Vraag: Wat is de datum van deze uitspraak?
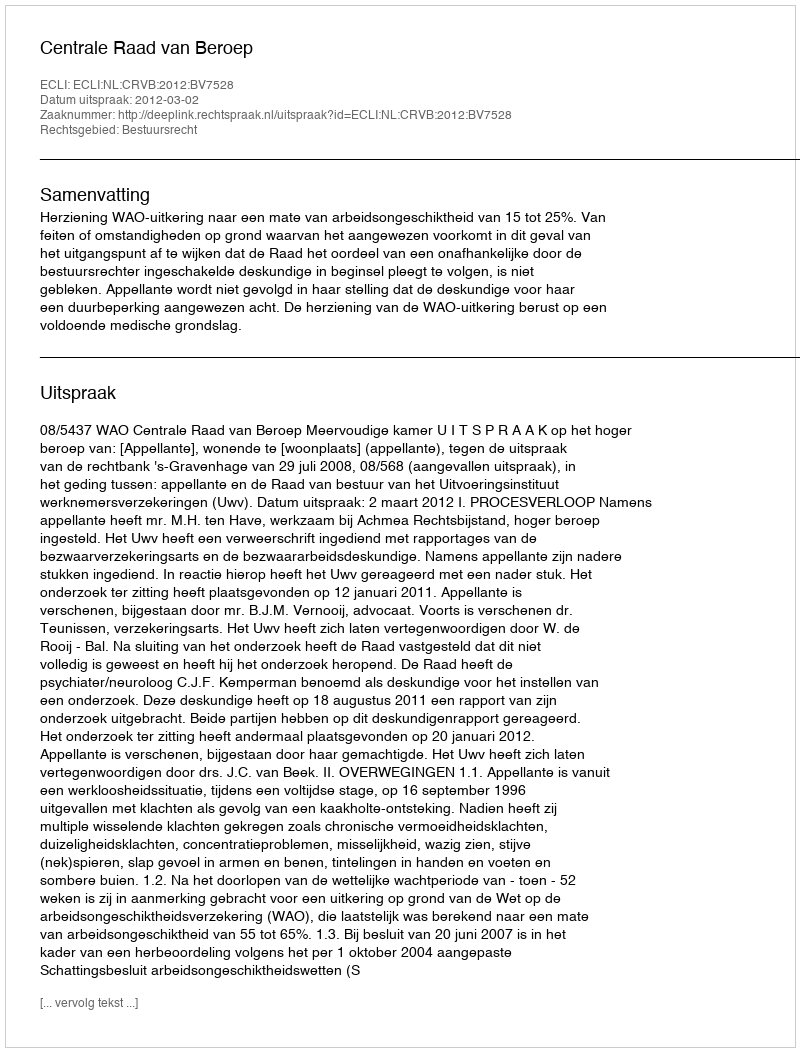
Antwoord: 2012-03-02